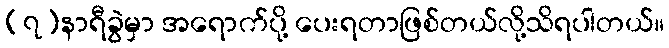
(၇)နာရီခွဲမှာ အရောက်ပို့ ပေးရတာဖြစ်တယ်လို့သိရပါတယ်။